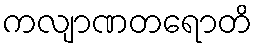
ကလျာဏတရောတိ